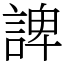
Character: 諀